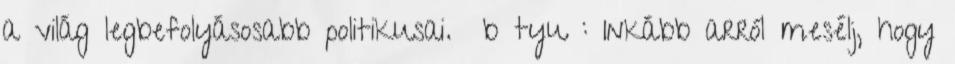
a világ legbefolyásosabb politikusai. ♔bаtyu♔: Inkább arról mesélj, hogy